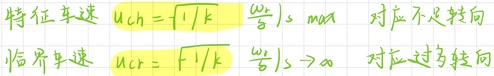
特征车速 $u_{ch} = \sqrt{1/k}$  $\left(\frac{m}{s}\right)$，$\max$ 对应不足转向
临界车速 $u_{cr} = \sqrt{1/k}$  $\left(\frac{m}{s}\right),>0$ 对应过多转向